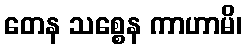
တေန သစ္စေန ကာဟာမိ၊